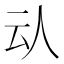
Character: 𠇌